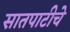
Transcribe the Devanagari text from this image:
सातपाटीचे